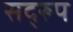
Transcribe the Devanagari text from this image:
सद्‌रुप